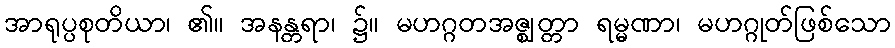
အာရုပ္ပစုတိယာ၊ ၏။ အနန္တရာ၊ ၌။ မဟဂ္ဂတအဇ္ဈတ္တာ ရမ္မဏာ၊ မဟဂ္ဂုတ်ဖြစ်သော